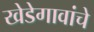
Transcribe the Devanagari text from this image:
खेडेगावांचे